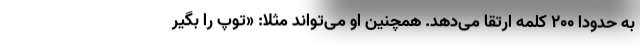
به حدودا ۲۰۰ کلمه ارتقا می‌دهد. همچنین او می‌تواند مثلا: «توپ را بگیر